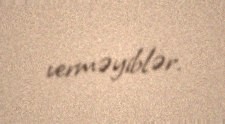
verməyiblər.